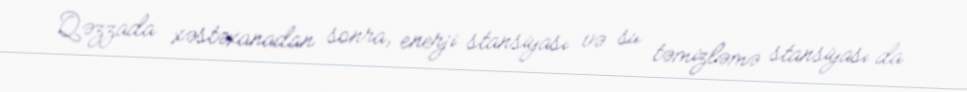
Qəzzada xəstəxanadan sonra, enerji stansiyası və su təmizləmə stansiyası da